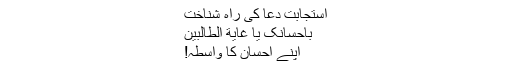
استجابت دعا کی راہ شناخت
بِاِحْسَانِکَ یَا غَایَةَ الطَّالِبِین
اپنے احسان کا واسطہ!